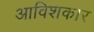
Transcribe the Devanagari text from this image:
आविशकार